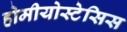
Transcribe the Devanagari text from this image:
होमीयोस्टेसिस